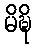
မိဍ္ဎိ